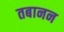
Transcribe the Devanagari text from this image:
तबानन